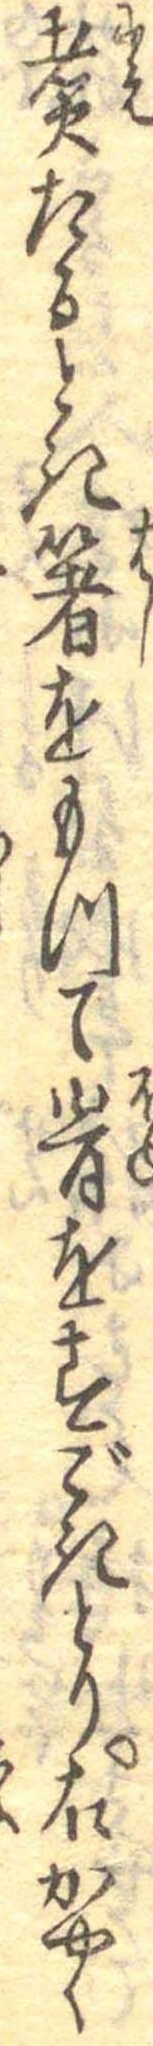
煮たるとき箸をもつて骨をすごきとり右かやく